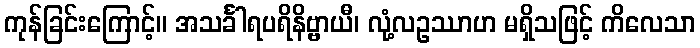
ကုန်ခြင်းကြောင့်။ အသင်္ခါရပရိနိဗ္ဗာယီ၊ လုံ့လဥဿာဟ မရှိသဖြင့် ကိလေသာ